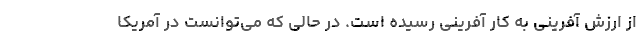
از ارزش آفرینی به کار آفرینی رسیده است. در حالی که می‌توانست در آمریکا